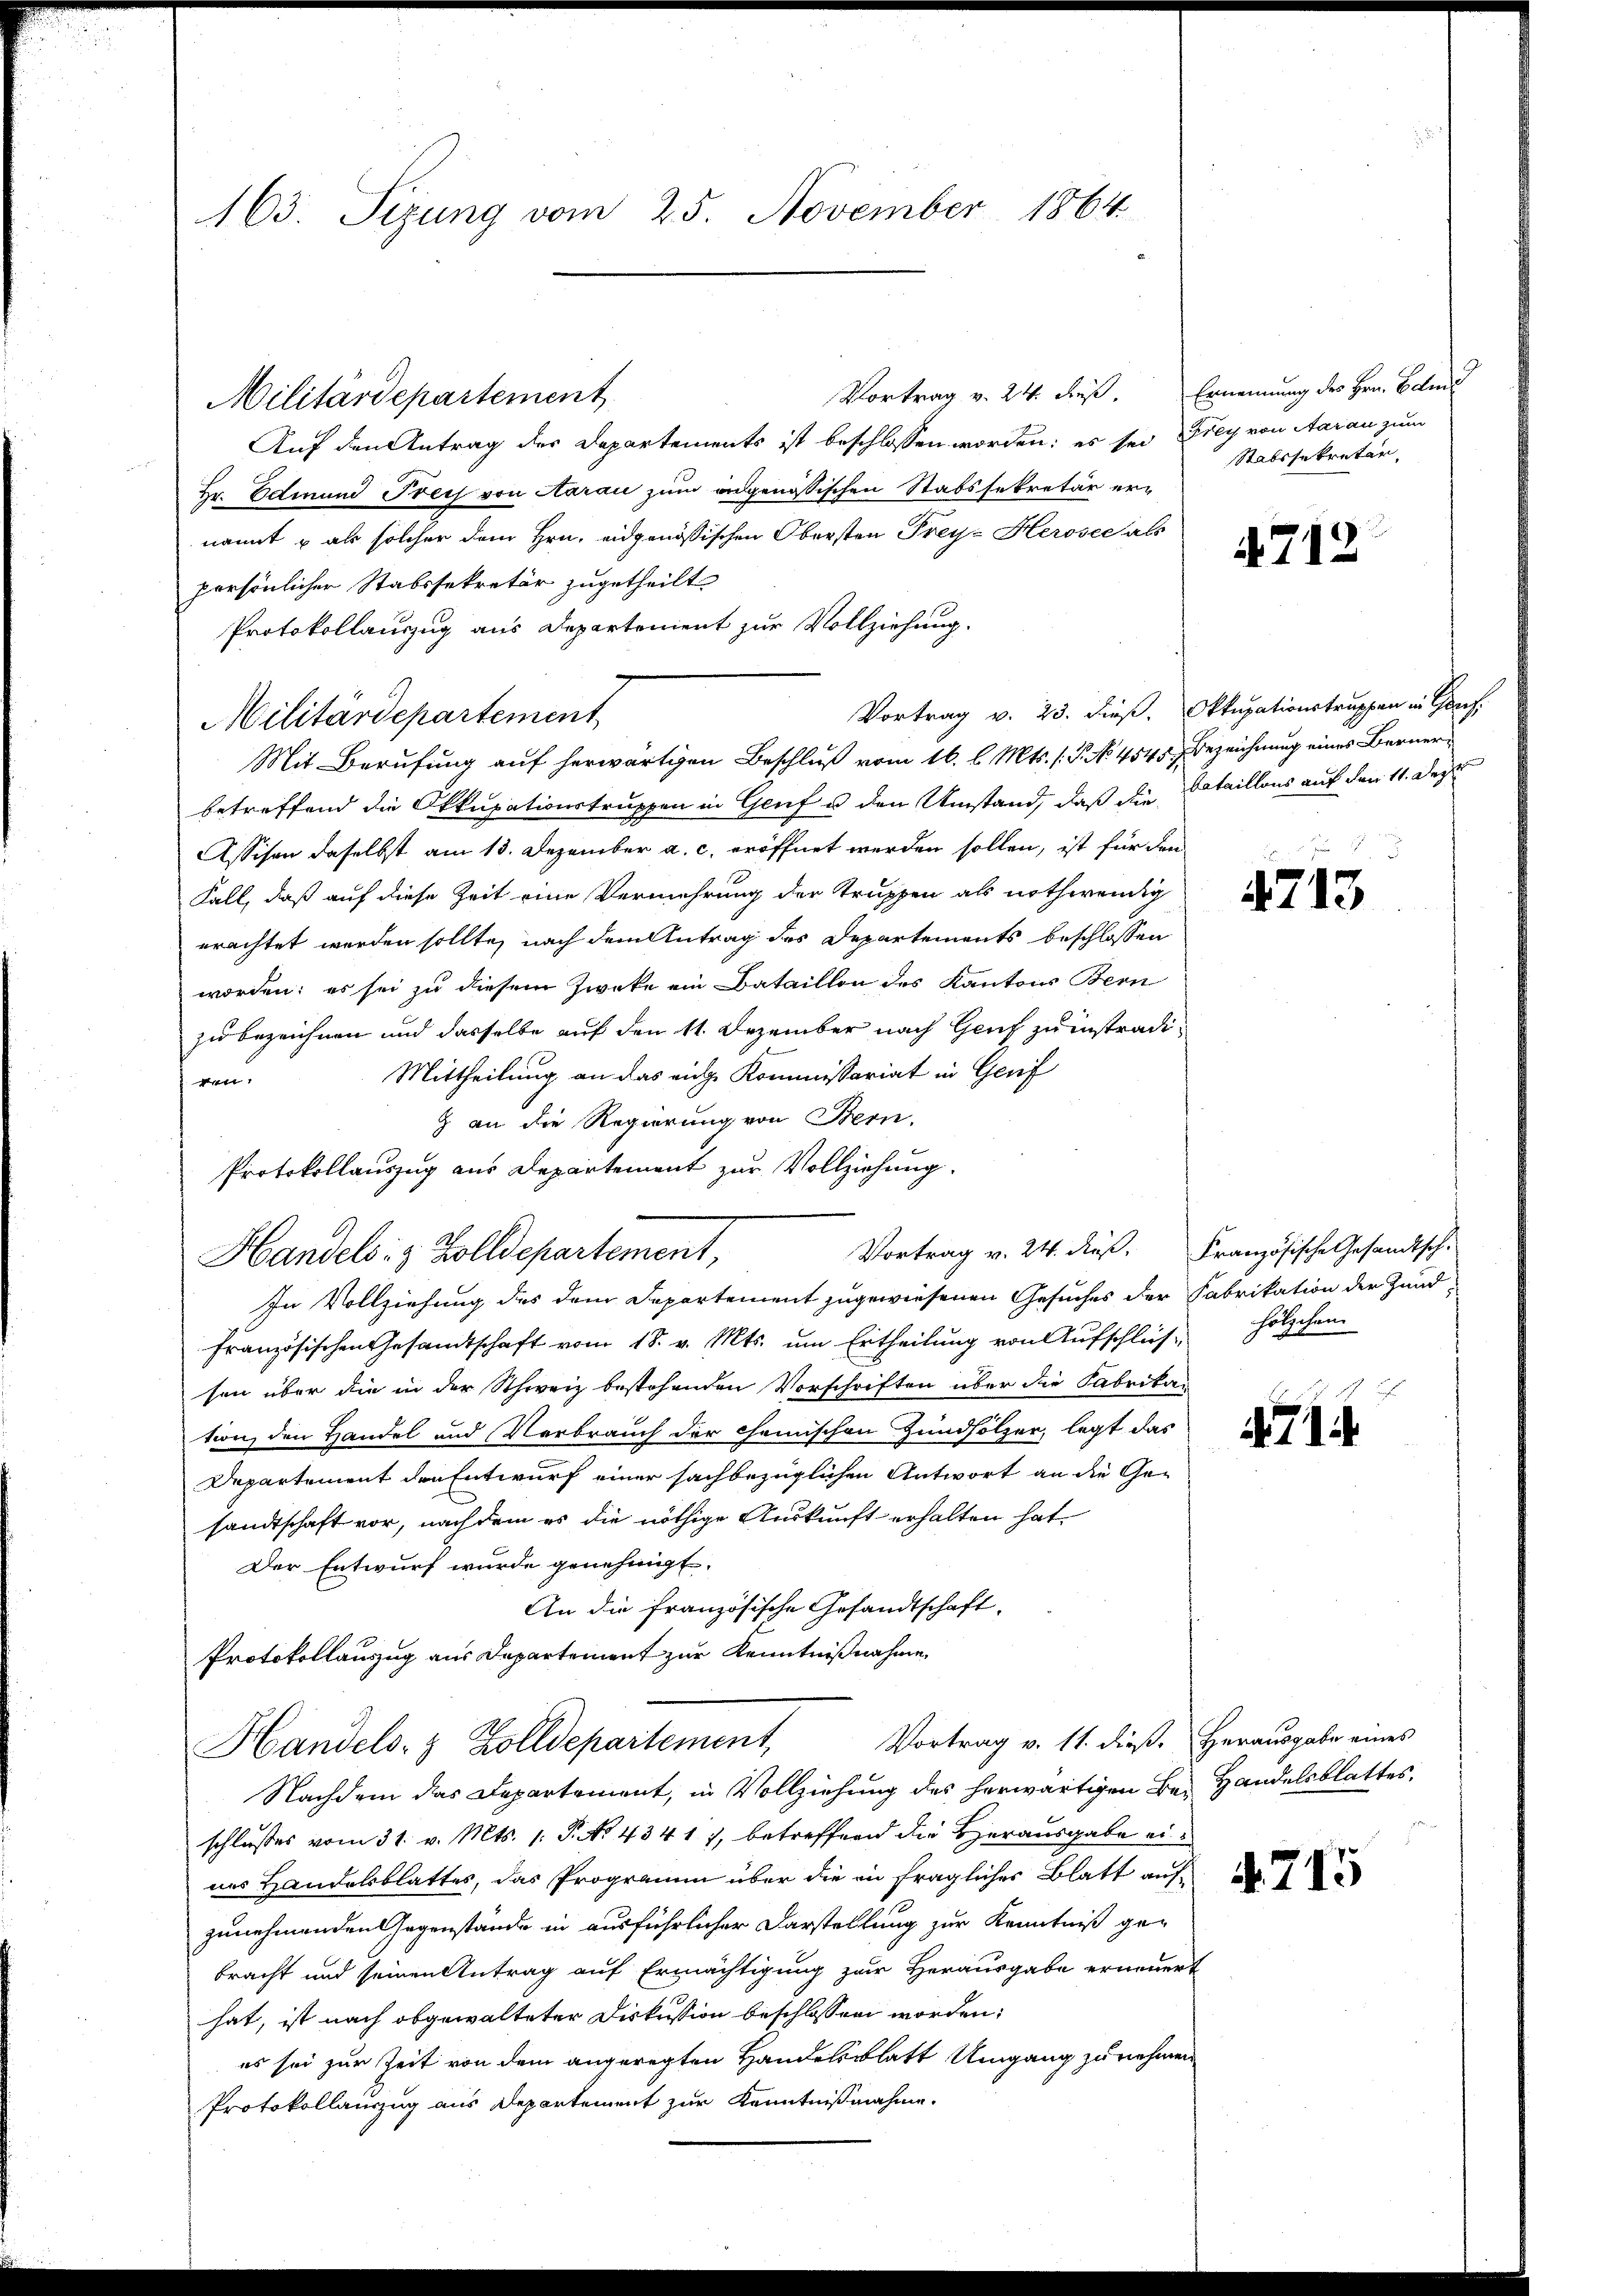
163. Sizung vom 25. November 1864

Vortrag v. 24. dieß. Ernennung des Hrn. Betei
Militärdepartement
Auf den Antrag des Departements ist beschlossen worden; es sei Frey von Aarau zum
Hr. Edinund Treis von Aarau zum andgenössischen Stabssekretär ernannt u als solcher dem Hrn. eidgenößischen Obersten Frey- Herosee als
persönlicher Stabssekretär zugetheilt
Protokollauszug aus Departement zur Vollziehung.
Vortrag v. 23. dieß. Oktupationstruppen in Greif
Militärdepartement
Mit Berufung auf herwärtigen Beschluß vom 16. l. Mts. (T. No. 454. Bezeichnung eines Bernerbetreffend die Okkupationstruppen in Genf u. den Umstand, daß die Bataillons auf den 11. Dez
Assisen daselbst am 13. Dezember a. c. eröffnet werden sollen, ist für den
Fall, daß auf diese Zeit eine Vermehrung der Truppen als nothwendig
erachtet werden sollte, nach dem Antrag des Departements beschlossen
worden; es sei zu diesem Zwecke ein Bataillon des Kantons Bern
zu bezeichnen und dasselbe auf den 11. Dezember nach Genf zu instradi¬
Mittheilung an das eige Kommissariat in Genf
gen.
& an die Regierung von Bern.
Protokollauszug aus Departement zur Vollziehung.
In Vollziehung des dem Departement zugewiesenen Gesuches der Fabrikation der Zundfranzösischen Gesandtschaft vom 18. v. Mts. um Ertheilung von Aufschliessen über die in der Schweiz bestehenden Vorschriften über die Fabrikar
tion den Handel und Verbrauch der chemischen Zundholzer, legt das
Departement den Entwurf einer sachbezüglichen Antwort an die Gesandtschaft vor, nachdem es die nöthige Auskunft erhalten hat.
Der Entwurf wurde genehmigt.
An die französische Gesandtschaft,
Protokollauszug aus Departement zur Kenntnißnahme
Vortrag v. 11. dieß. Herausgabe eines
Handels- & Zolldepartement,
Nachdem das Departement, in Vollziehung des herwärtigen Bei Handelsblattes.
schlusses vom 31. v. Mts. 1. P. No 434 17, betreffend die Herausgabe eines Handelsblattes, das Programm über die in fraglicher Blatt aufzunehmenden Gegenstände in ausführlicher Darstellung zur Kenntniß gebracht und seinen Antrag auf Ermächtigung zur Herausgabe erneuert
hat, ist nach obgewalteter Diskussion beschlossen worden;
es sei zur Zeit von dem angeregten Handelsblatt Umgang zu nehmen
Protokollauszug aus Departement zur Kenntnißnahme.

Handels- & Zolldepartement,

Vortrag v. 24. dieß. Französische Gesandtsch

Stabssekretär

4712

4713

hölzchen.

1

4715